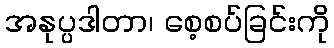
အနုပ္ပဒါတာ၊ စေ့စပ်ခြင်းကို